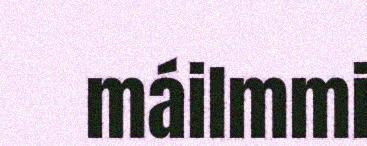
máilmmi